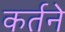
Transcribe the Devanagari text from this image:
कर्तने